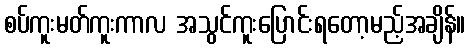
စပ်ကူးမတ်ကူးကာလ အသွင်ကူးပြောင်းရတော့မည့်အချိန်။